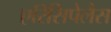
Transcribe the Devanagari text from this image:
एरिसिपेलैस